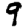
Digit: 9